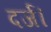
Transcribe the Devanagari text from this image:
दर्ज।